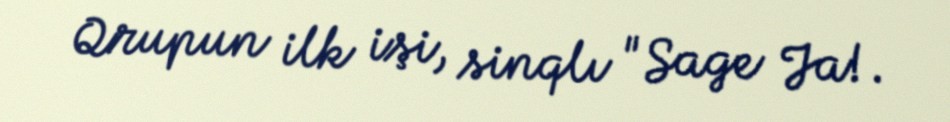
Qrupun ilk işi, sinqlı "Sage Ja!.